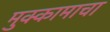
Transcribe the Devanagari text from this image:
मुक्कामाचा